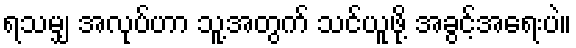
ရသမျှ အလုပ်ဟာ သူ့အတွက် သင်ယူဖို့ အခွင့်အရေးပဲ။